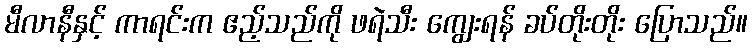
မီလာနီနှင့် ကာရင်းက ဧည့်သည်ကို ဖရဲသီး ကျွေးရန် ခပ်တိုးတိုး ပြောသည်။